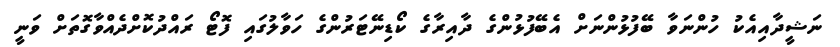
ނަޝީދާއިއެކު ހުންނަވާ ބޭފުޅުންނަށް އެބޭފުޅުންގެ ދާއިރާގެ ކޯޑިނޭޓަރުންގެ ހަވާލުގައި ފޮޓޯ ރައްދުކޮށްދެއްވާގޮތަށް ވަނީ